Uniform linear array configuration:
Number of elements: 4
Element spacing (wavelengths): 0.75
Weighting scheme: kaiser
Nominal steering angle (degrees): -45
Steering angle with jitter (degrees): -45.82
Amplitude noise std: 0.05
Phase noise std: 0.05

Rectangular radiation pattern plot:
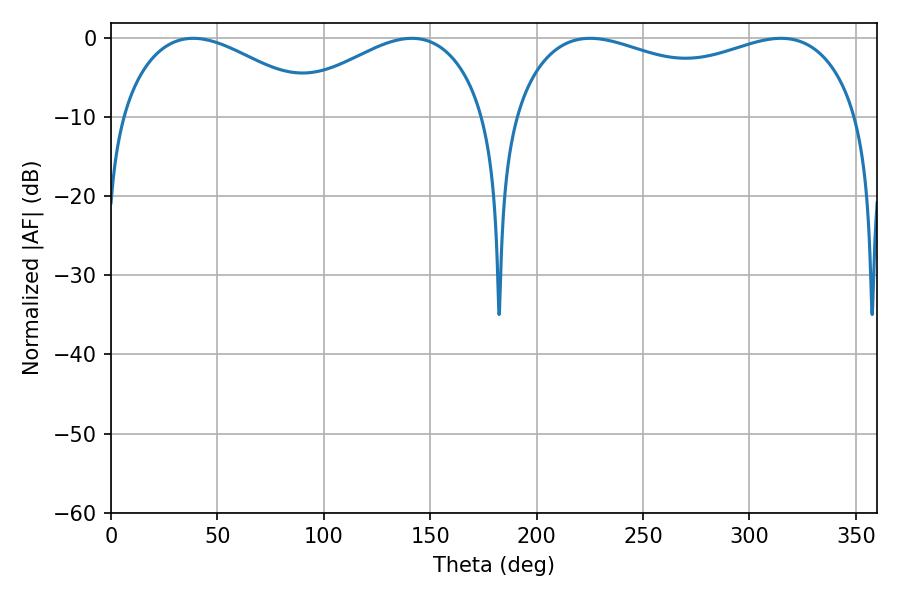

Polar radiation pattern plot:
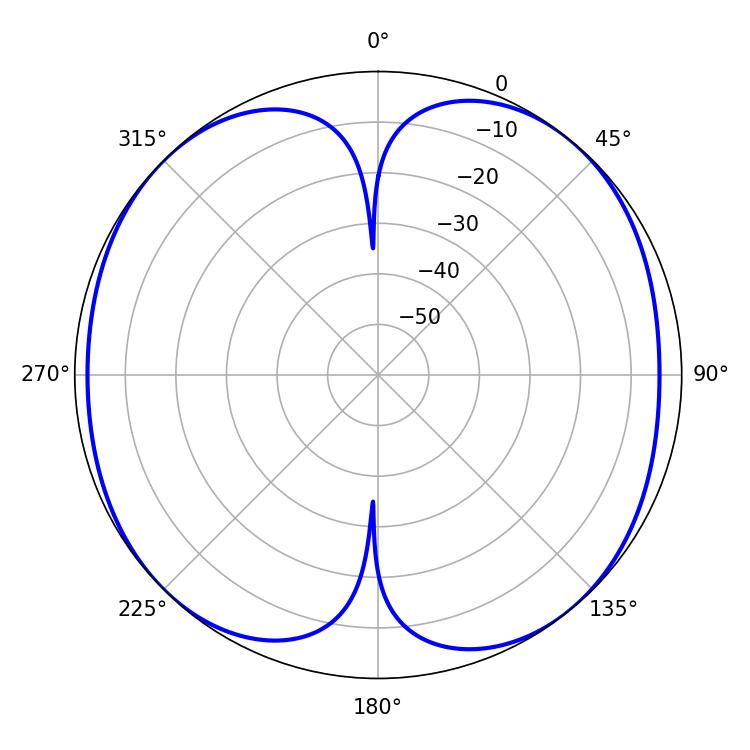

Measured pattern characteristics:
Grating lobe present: TRUE
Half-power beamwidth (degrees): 133.56
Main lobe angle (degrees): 225.18